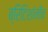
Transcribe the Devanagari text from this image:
ब्रिटिशांनीच